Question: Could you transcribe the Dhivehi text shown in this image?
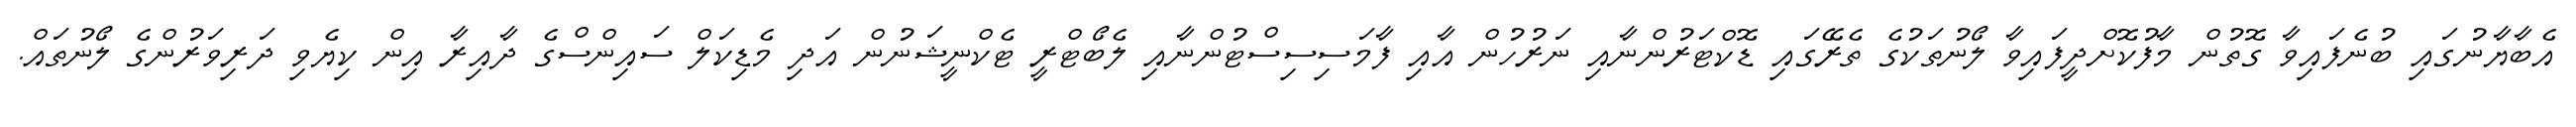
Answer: އެބާޔާނުގައި ބުނެފައިވާ ގޮތުން މާފުކޮށްދީފައިވާ ލޯނުތަކުގެ ތެރޭގައި ޑޮކްޓަރުންނާއި ނަރުހުން އާއި ފާމަސިސިސްޓުންނާއި ލެބޯޓްރީ ޓެކްނީޝަނުން އަދި މެޑިކަލް ސައިންސްގެ ދާއިރާ އިން ކިޔެވި ދަރިވަރުންގެ ލޯނުތައް.